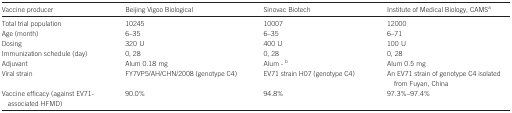
<table><thead><tr><td><b>Vaccine producer</b></td><td><b>Beijing Vigoo Biological</b></td><td><b>Sinovac Biotech</b></td><td><b>Institute of Medical Biology, CAMSa</b></td></tr></thead><tbody><tr><td>Total trial population</td><td>10245</td><td>10007</td><td>12000</td></tr><tr><td>Age (month)</td><td>6–35</td><td>6–35</td><td>6–71</td></tr><tr><td>Dosing</td><td>320 U</td><td>400 U</td><td>100 U</td></tr><tr><td>Immunization schedule (day)</td><td>0, 28</td><td>0, 28</td><td>0, 28</td></tr><tr><td>Adjuvant</td><td>Alum 0.18 mg</td><td>Alum - b</td><td>Alum 0.5 mg</td></tr><tr><td>Viral strain</td><td>FY7VP5/AH/CHN/2008 (genotype C4)</td><td>EV71 strain H07 (genotype C4)</td><td>An EV71 strain of genotype C4 isolated from Fuyan, China</td></tr><tr><td>Vaccine efficacy (against EV71-associated HFMD)</td><td>90.0%</td><td>94.8%</td><td>97.3%–97.4%</td></tr></tbody></table>